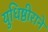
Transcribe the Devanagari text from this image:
युधिष्ठीराने